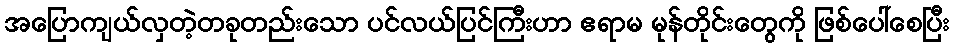
အပြောကျယ်လှတဲ့တခုတည်းသော ပင်လယ်ပြင်ကြီးဟာ ဧရာမ မုန်တိုင်းတွေကို ဖြစ်ပေါ်စေပြီး